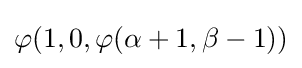
\varphi (1,0,\varphi (\alpha +1,\beta -1))